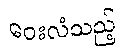
ဝေးလံသည့်